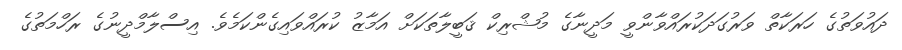
ދައުވަތުގެ ހަރަކާތް ވަރުގަދަކުރައްވާންވީ މަދީނާގެ މުޝްރިކް ޤަބީލާތަކަށް އަމާޒު ކުރައްވައިގެންކަމެވެ. އިސްލާމްދީނުގެ ރަހްމަތުގެ